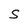
Character: S